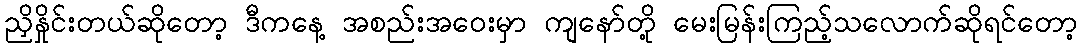
ညှိနှိုင်းတယ်ဆိုတော့ ဒီကနေ့ အစည်းအဝေးမှာ ကျနော်တို့ မေးမြန်းကြည့်သလောက်ဆိုရင်တော့